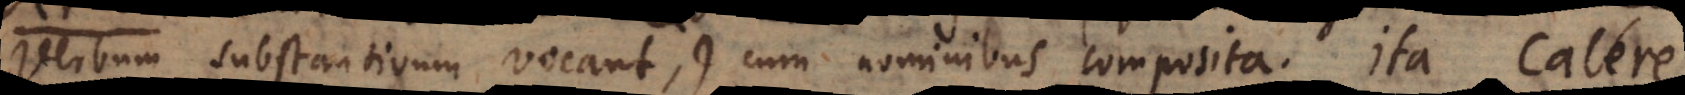
verbum substantivum vocant), cum nominibus composita. Ita calere